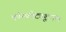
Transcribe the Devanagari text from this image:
कॉन्स्टीट्यूशनल